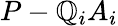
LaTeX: P-\mathbb{Q}_{i}A_{i}